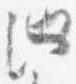
池